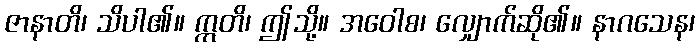
ဇာနာတိ၊ သိပါ၏။ ဣတိ၊ ဤသို့။ အဝေါစ၊ လျှောက်ဆို၏။ နာဂသေန၊